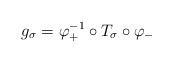
LaTeX: \begin{align*}g_\sigma=\varphi_{+}^{-1}\circ T_\sigma\circ \varphi_{-}\end{align*}